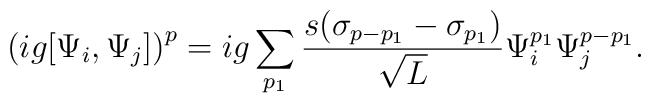
\big(ig[\Psi_i,\Psi_j]\big)^p=ig\sum_{p_1}\frac{s(\sigma_{p-p_1}-\sigma_{p_1}) }{\sqrt{L}}\Psi_i^{p_1}\Psi_j^{p-p_1}.